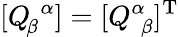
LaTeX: [Q_{\! \beta}^{\, \, \alpha}]=[Q_{\, \, \beta}^{\alpha}]^{\mathrm{T}}